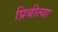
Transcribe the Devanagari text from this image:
प्रिबीत्या